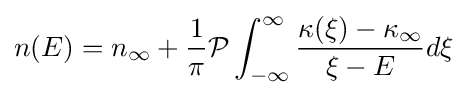
n(E)=n_{\infty }+{\frac {1}{\pi }}{\mathcal {P}}\int _{-\infty }^{\infty }{\frac {\kappa (\xi )-\kappa _{\infty }}{\xi -E}}d\xi